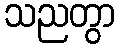
သညတွာ